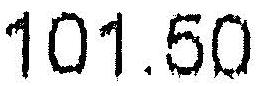
101.50